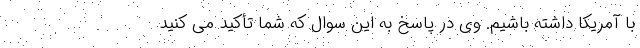
با آمریکا داشته باشیم. وی در پاسخ به این سوال که شما تأکید می کنید